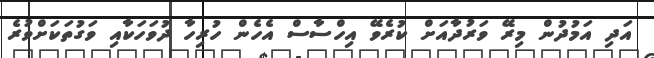
އަދި އަމުދުން މިރޭ ވަރުދާއަށް ކުރެވޭ އިހްސާސް އެހެން ހުރިހާ ދުވަހަކާއި ވަގުތަކަށްވުރެ